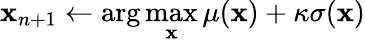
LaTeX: \mathbf{x}_{n+1}\leftarrow\arg\operatorname*{max}_{\mathbf{x}}\mu(\mathbf{x})+\kappa\sigma(\mathbf{x})